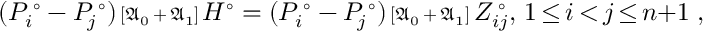
( P _ { i } ^ { \; \circ } - P _ { \! j } ^ { \; \circ } ) { \scriptstyle { \, [ \mathfrak { A } _ { 0 } { \, + \, } \mathfrak { A } _ { 1 } ] \, } } H ^ { \circ } = ( P _ { i } ^ { \; \circ } - P _ { \! j } ^ { \; \circ } ) { \scriptstyle { \, [ \mathfrak { A } _ { 0 } { \, + \, } \mathfrak { A } _ { 1 } ] } } \, Z _ { i j } ^ { \; \circ } , \, 1 { \, \le \, } i { \, < \, } j { \, \le \, } n { + } 1 \; ,